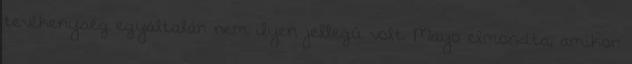
tevékenység egyáltalán nem ilyen jellegű volt. Mayo elmondta, amikor